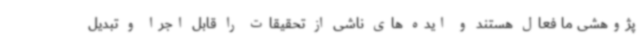
پژوهشی ما فعال هستند و ایده های ناشی از تحقیقات را قابل اجرا و تبدیل